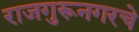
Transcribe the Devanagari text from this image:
राजगुरूनगरचे